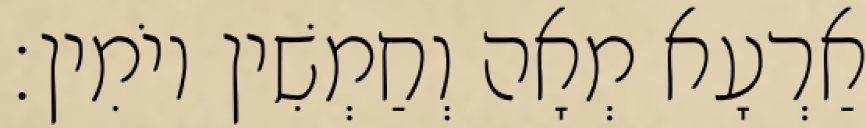
אַרְעָא מְאָה וְחַמְשִׁין יוֹמִין׃